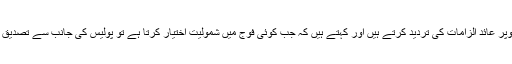
محمداجمل اپنے اوپر عائد الزامات کی تردید کرتے ہیں اور کہتے ہیں کہ جب کوئی فوج میں شمولیت اختیار کرتا ہے تو پولیس کی جانب سے تصدیق لازمی ہوتی ہے۔